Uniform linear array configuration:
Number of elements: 4
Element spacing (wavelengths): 0.75
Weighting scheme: exponential
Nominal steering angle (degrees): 15
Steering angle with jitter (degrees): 15.922
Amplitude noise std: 0.05
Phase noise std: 0.05

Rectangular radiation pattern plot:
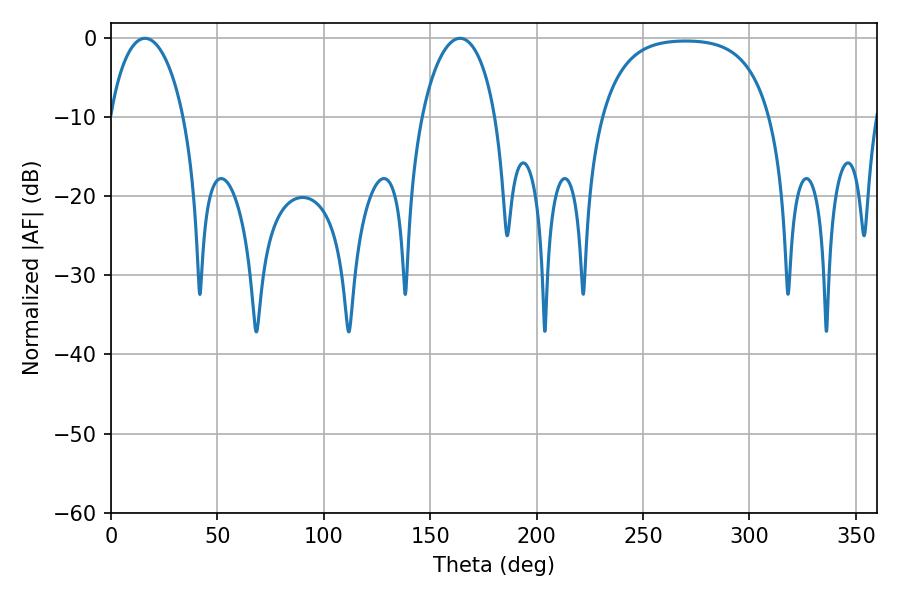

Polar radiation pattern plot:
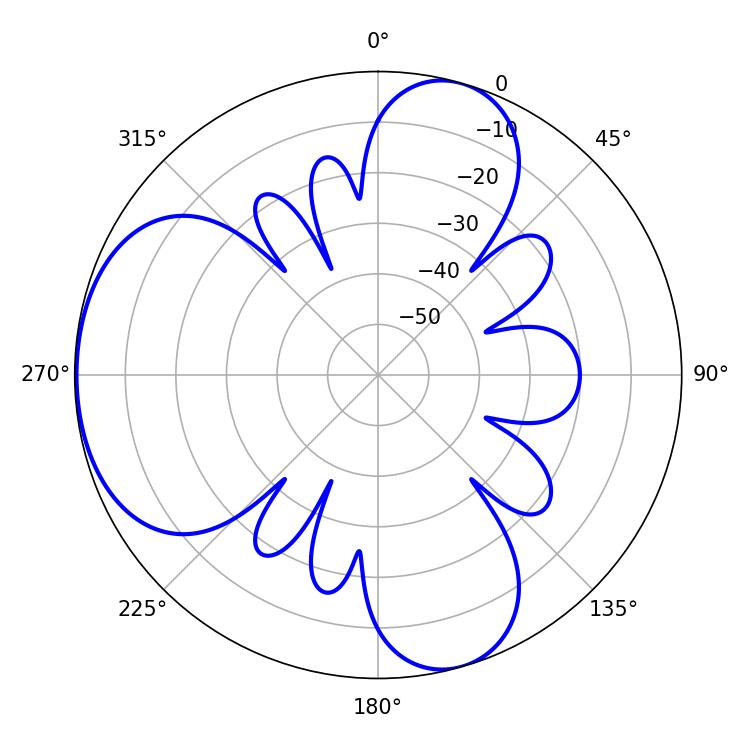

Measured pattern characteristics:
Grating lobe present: TRUE
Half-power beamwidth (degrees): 19.8
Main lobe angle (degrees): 16.02